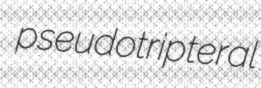
pseudotripteral